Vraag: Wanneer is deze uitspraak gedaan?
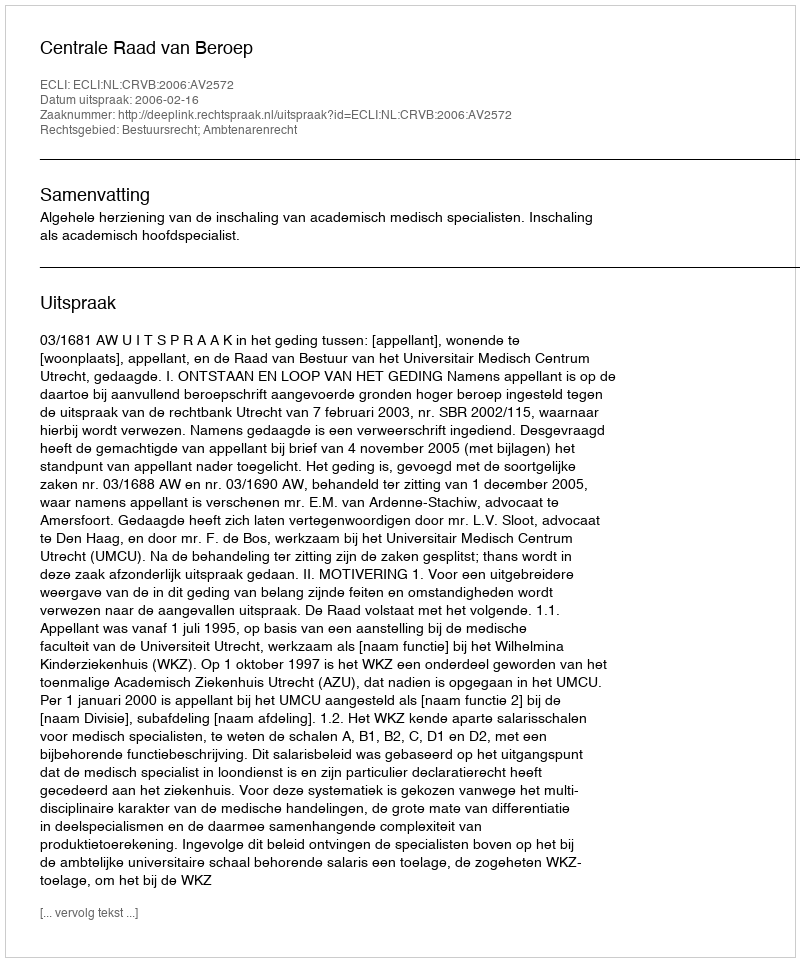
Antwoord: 2006-02-16